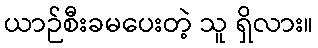
ယာဉ်စီးခမပေးတဲ့ သူ ရှိလား။